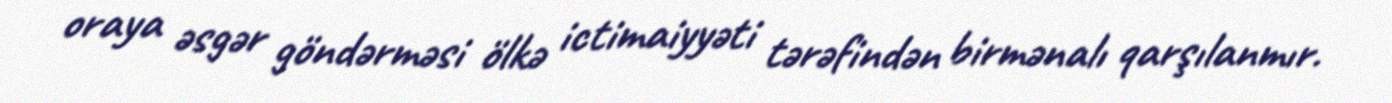
oraya əsgər göndərməsi ölkə ictimaiyyəti tərəfindən birmənalı qarşılanmır.